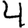
Digit: 4